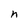
Character: n